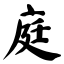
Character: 庭